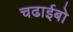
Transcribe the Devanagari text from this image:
चढाईबो